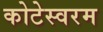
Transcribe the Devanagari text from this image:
कोटेस्वरम